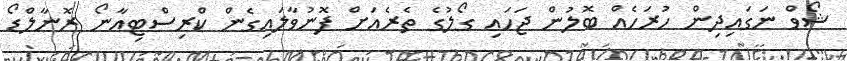
ޝޯވް ނަގައިދިން ހުރަހެއް ބޮލުން ޖަހައި ގޯލުގެ ތެރެއަށް ފޮނުވާލައިގެން ކްރިސްޓިއާނޯ ރޮނާލްޑޯ